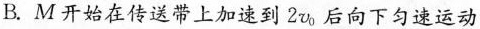
B.M开始在传送带上加速到2v_{0|，后向下匀速运动